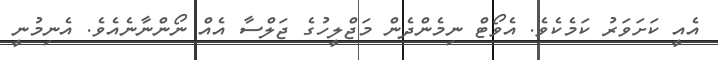
އެއީ ކަށަވަރު ކަމެކެވެ. އެވޯޓް ނިމެންދެން މަޖްލީހުގެ ޖަލްސާ އެއް ނޯންނާނެއެވެ. އެނިމުނީ